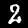
Digit: 2